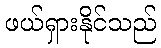
ဖယ်ရှားနိုင်သည်